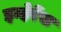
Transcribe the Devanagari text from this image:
इन्हेरेंस